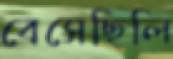
বেসেছিলি